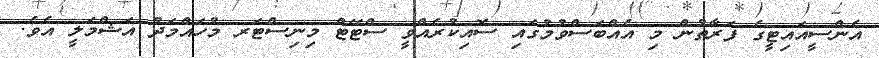
އެންސީއައިޓީގެ ފަރާތުން މި އެއްބަސްވުމުގައި ސޮއިކުރެއްވީ ސްޓޭޓް މިނިސްޓަރ މުހައްމަދު އަޝްމަލީ އެވެ.